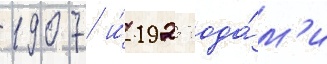
1907 и́ 1925 года́м'и